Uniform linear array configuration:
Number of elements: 4
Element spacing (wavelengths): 0.75
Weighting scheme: hann
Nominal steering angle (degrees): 45
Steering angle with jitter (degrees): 46.405
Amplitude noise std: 0.05
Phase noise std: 0.05

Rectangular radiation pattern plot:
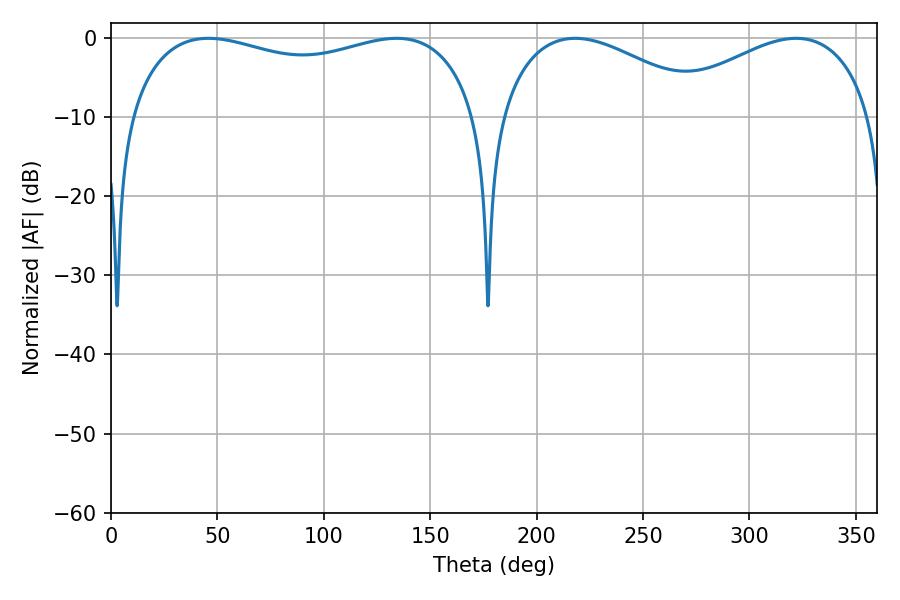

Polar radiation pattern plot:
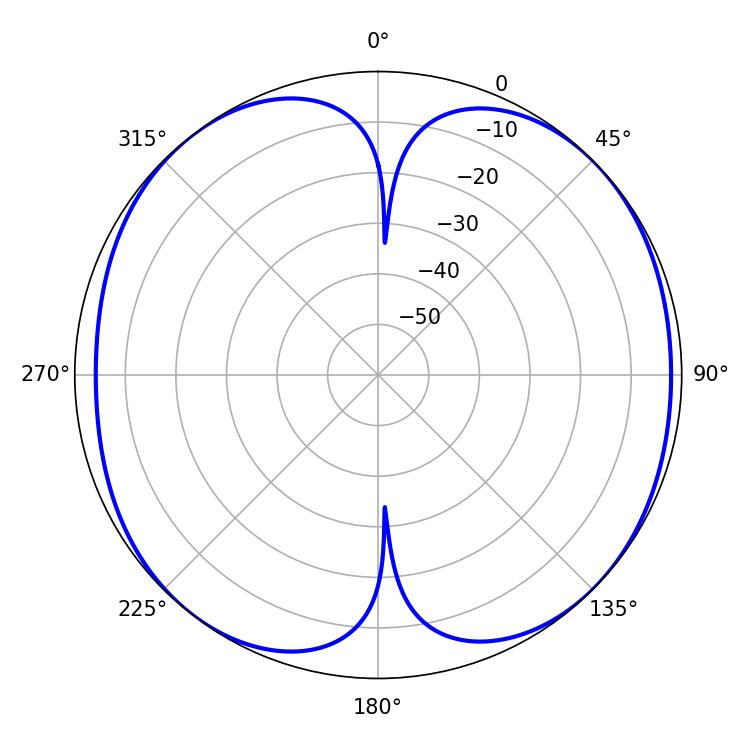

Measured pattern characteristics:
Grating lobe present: TRUE
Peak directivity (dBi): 9.874
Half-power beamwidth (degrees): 134.64
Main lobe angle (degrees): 45.72